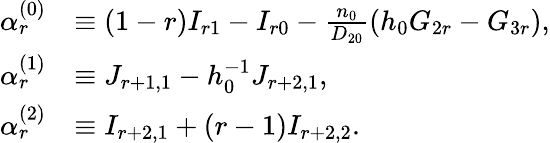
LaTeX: \begin{array}{rl}{\alpha_{r}^{(0)}}&{\equiv(1-r)I_{r1}-I_{r0}-\frac{n_{0}}{D_{20}}\left(h_{0}G_{2r}-G_{3r}\right),}\\ {\alpha_{r}^{(1)}}&{\equiv J_{r+1,1}-h_{0}^{-1}J_{r+2,1},}\\ {\alpha_{r}^{(2)}}&{\equiv I_{r+2,1}+(r-1)I_{r+2,2}.}\end{array}